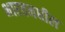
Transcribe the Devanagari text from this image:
भारतमधील